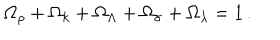
\Omega _ { \rho } + \Omega _ { k } + \Omega _ { \Lambda } + \Omega _ { \sigma } + \Omega _ { \lambda } = 1 \, .